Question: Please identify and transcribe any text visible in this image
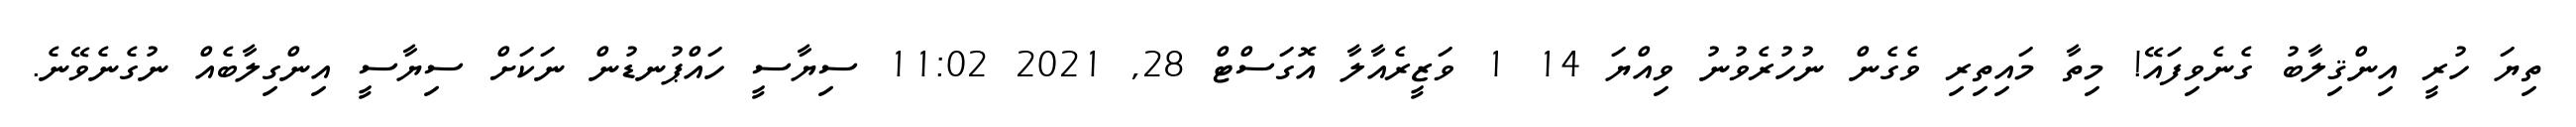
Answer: ތިޔަ ހުރީ އިންޤިލާބު ގެނެވިފައޭ! މިތާ މައިތިރި ވެގެން ނުހުރެވުނު ވިއްޔަ 14 1 ވަޒީރެއާލާ އޮގަސްޓް 28, 2021 11:02 ސިޔާސީ ހައްޕުނޑުން ނަކަށް ސިޔާސީ އިންގިލާބެއް ނުގެނެވޭނެ.